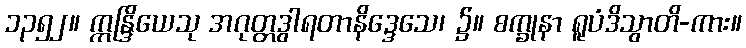
၁၃၅၂။ ဣန္ဒြိယေသု အဂုတ္တဒွါရတာနိဒ္ဒေသေ၊ ၌။ စက္ခုနာ ရူပံဒိသွာတိ-ကား။